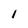
Character: 1